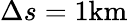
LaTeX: \Delta s=1\mathrm{km}